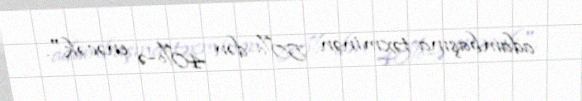
adambaşına təxminən 50%-dən 40%-ə enəcək".